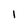
Character: 1